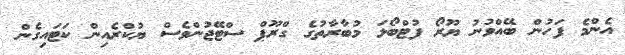
އެންމެ ފަހުން ބޭއްވުުނު ޔޫރޯ ފުޓްބޯޅަ މުބާރާތުގެ ގްރޫޕް ސްޓޭޖުންވެސް ޔުކްރެއިން ކަޓަައިގެން